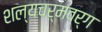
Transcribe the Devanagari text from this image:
शल्यचर्मवर्ग